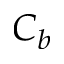
C _ { b }